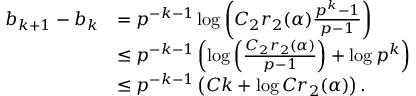
\begin{array} { r l } { b _ { k + 1 } - b _ { k } } & { = p ^ { - k - 1 } \log \left( C _ { 2 } r _ { 2 } ( \alpha ) \frac { p ^ { k } - 1 } { p - 1 } \right) } \\ & { \le p ^ { - k - 1 } \left( \log \left( \frac { C _ { 2 } r _ { 2 } ( \alpha ) } { p - 1 } \right) + \log p ^ { k } \right) } \\ & { \le p ^ { - k - 1 } \left( C k + \log C r _ { 2 } ( \alpha ) \right) . } \end{array}